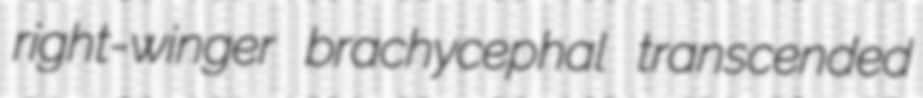
right-winger brachycephal transcended